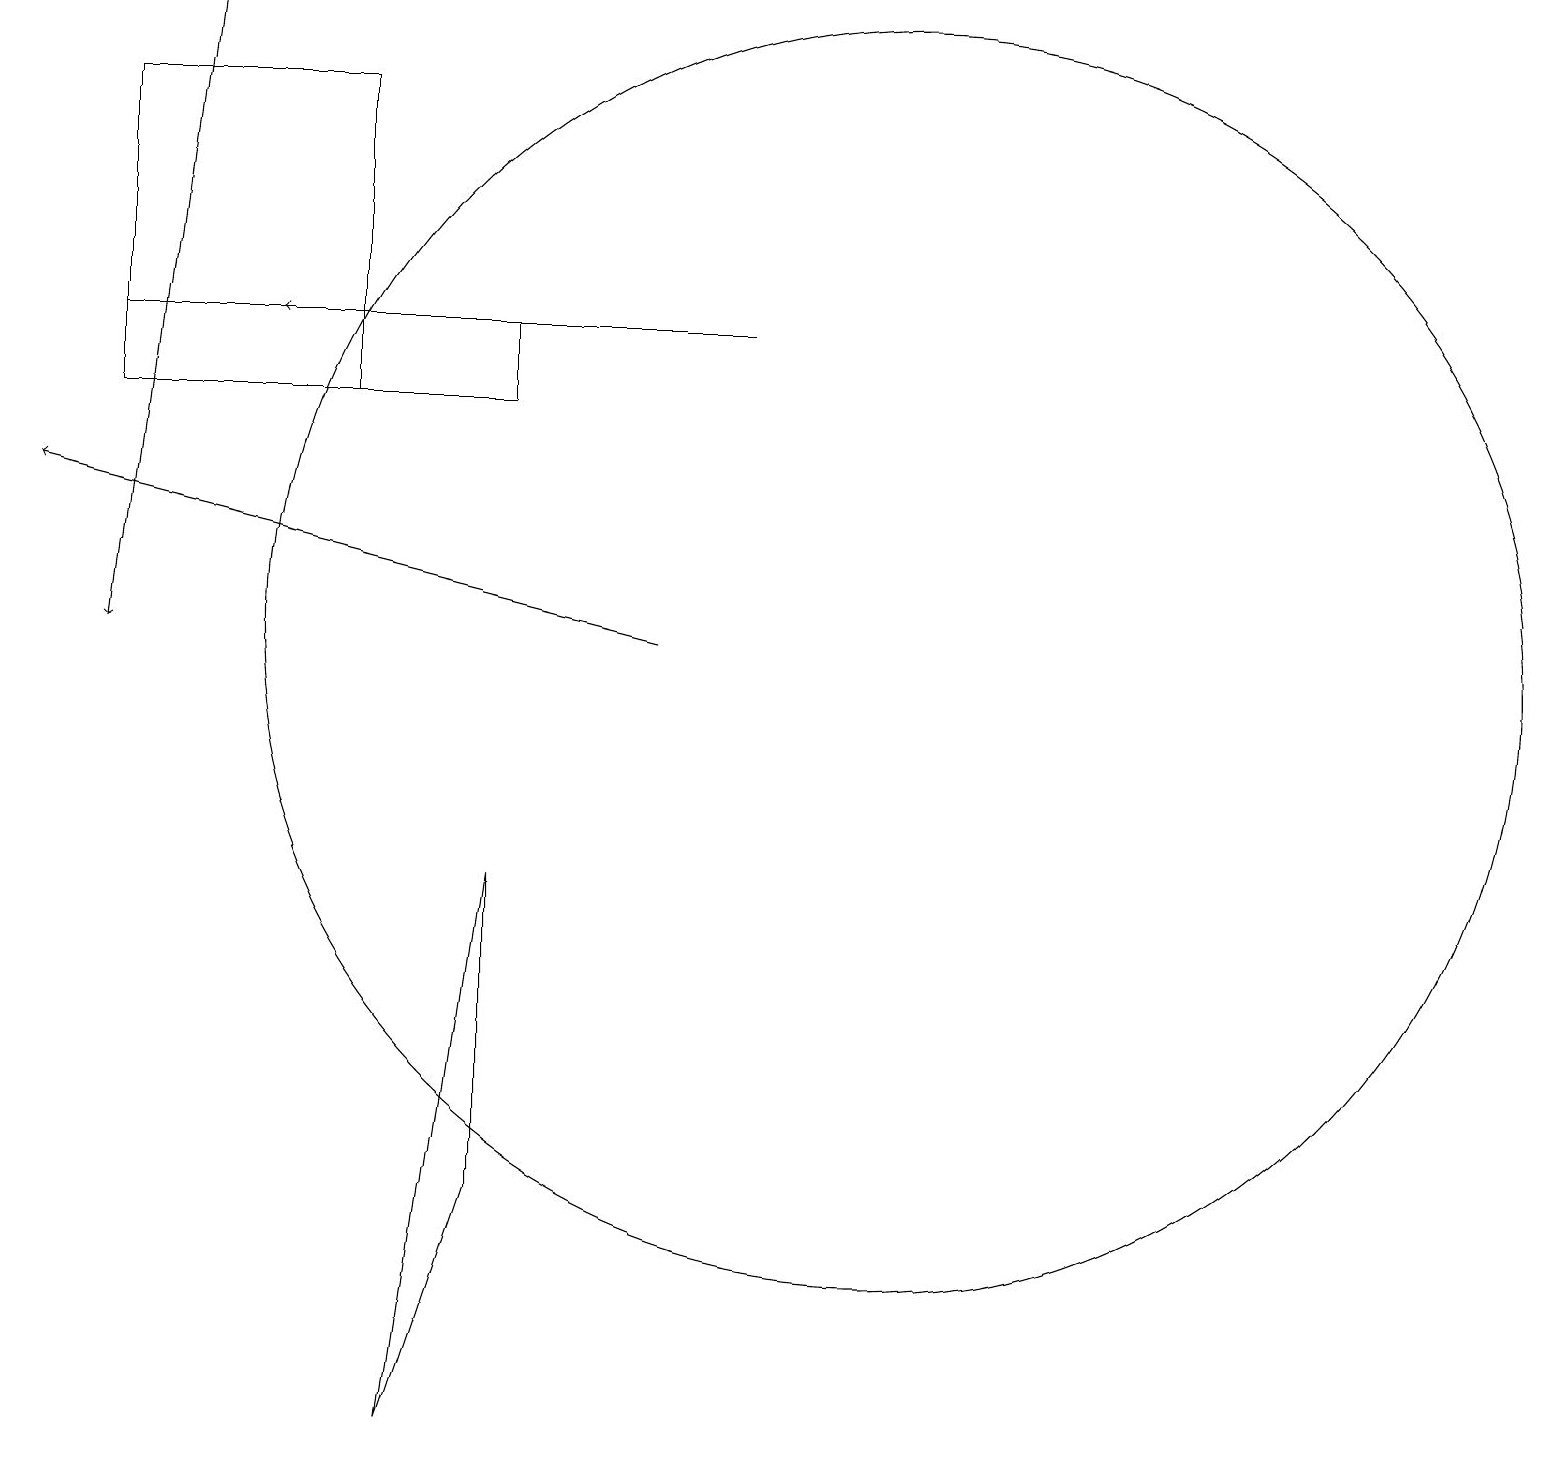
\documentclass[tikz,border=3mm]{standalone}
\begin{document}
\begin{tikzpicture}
\draw (6,4) -- (5,1) -- (6,8) -- cycle;
\draw (11,11) circle (8);
\draw (4,14) rectangle (1,18);
\draw[->] (8,11) -- (0,13);
\draw[->] (2,19) -- (1,11);
\draw[->] (9,15) -- (3,15);
\draw (1,15) rectangle (6,14);
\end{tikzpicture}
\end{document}